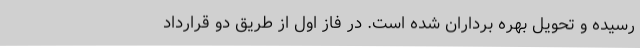
رسیده و تحویل بهره برداران شده است. در فاز اول از طریق دو قرارداد